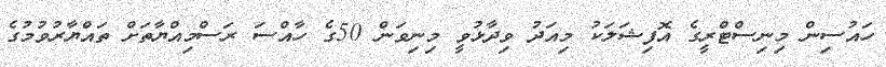
ހައުސިން މިނިސްޓްރީގެ އޮފިޝަލަކު މިއަދު ވިދާޅުވީ މިނިވަން 50ގެ ހާއްސަ ރަސްމިއްޔާތަށް ތައްޔާރުވުމުގެ